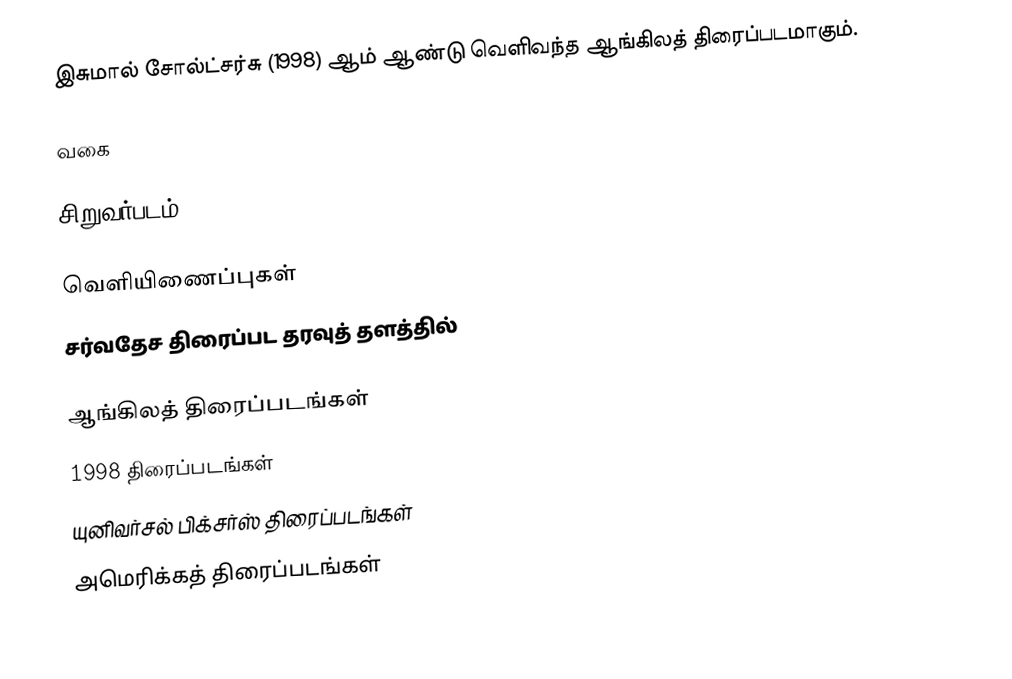
இசுமால் சோல்ட்சர்சு (1998) ஆம் ஆண்டு வெளிவந்த ஆங்கிலத் திரைப்படமாகும்.

வகை

சிறுவர்படம்

வெளியிணைப்புகள்
 சர்வதேச திரைப்பட தரவுத் தளத்தில்

ஆங்கிலத் திரைப்படங்கள்
1998 திரைப்படங்கள்
யுனிவர்சல் பிக்சர்ஸ் திரைப்படங்கள்
அமெரிக்கத் திரைப்படங்கள்